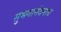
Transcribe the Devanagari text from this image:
सुभगानंदनाथ